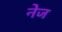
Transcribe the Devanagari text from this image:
नेज